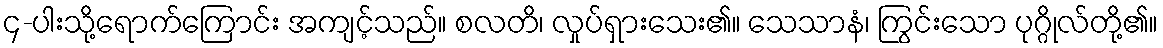
၄-ပါးသို့ရောက်ကြောင်း အကျင့်သည်။ စလတိ၊ လှုပ်ရှားသေး၏။ သေသာနံ၊ ကြွင်းသော ပုဂ္ဂိုလ်တို့၏။